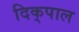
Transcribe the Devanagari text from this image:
दिक्‌पाल